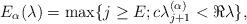
LaTeX: \begin{align*}E_\alpha(\lambda) = \max \{j\geq E ; c\lambda_{j + 1}^{(\alpha)}< \Re\lambda\},\end{align*}